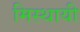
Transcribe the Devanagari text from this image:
मिस्थायी